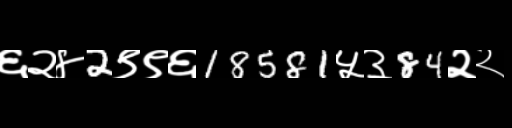
Text: ६२४2९९६18581५३84२२